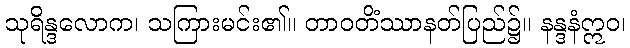
သုရိန္ဒလောက၊ သကြားမင်း၏။ တာဝတိံဿာနတ်ပြည်၌။ နန္ဒနံဣဝ၊